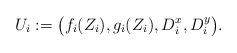
LaTeX: \begin{align*} U_i:=\bigl(f_i(Z_i),g_i(Z_i),D^x_i,D^y_i\bigr).\end{align*}